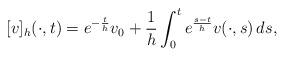
LaTeX: \begin{align*} [v]_h(\cdot,t)=e^{-\frac{t}{h}}v_0 + \frac{1}{h}\int_0^t e^{\frac{s-t}{h}}v(\cdot,s)\,ds,\end{align*}